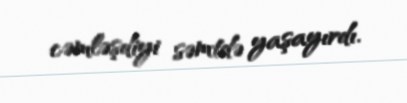
cəmləşdiyi səmtdə yaşayırdı.